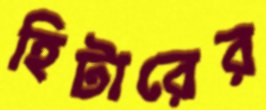
হিটারের